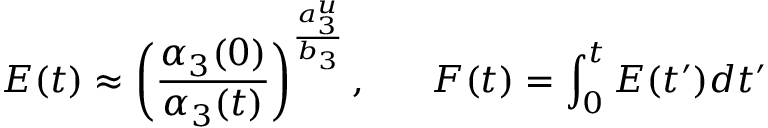
E ( t ) \approx \left( { \frac { \alpha _ { 3 } ( 0 ) } { \alpha _ { 3 } ( t ) } } \right) ^ { { \frac { a _ { 3 } ^ { u } } { b _ { 3 } } } } , ~ ~ ~ ~ ~ F ( t ) = \int _ { 0 } ^ { t } E ( t ^ { \prime } ) d t ^ { \prime }